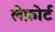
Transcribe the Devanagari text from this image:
लेफ़ोर्ट